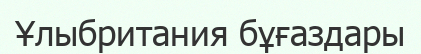
Ұлыбритания бұғаздары